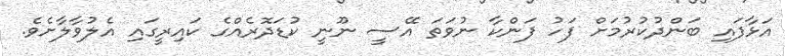
އަޅާފައި ބަންދުކުރުމަށް ފަހު ފަންކާ ނުވަތަ އޭސީ ނޫނީ ކުޑަދޮރެއްގެ ކައިރީގައި އެލުވާލާށެވެ.